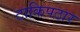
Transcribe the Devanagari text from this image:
टाकिपठार